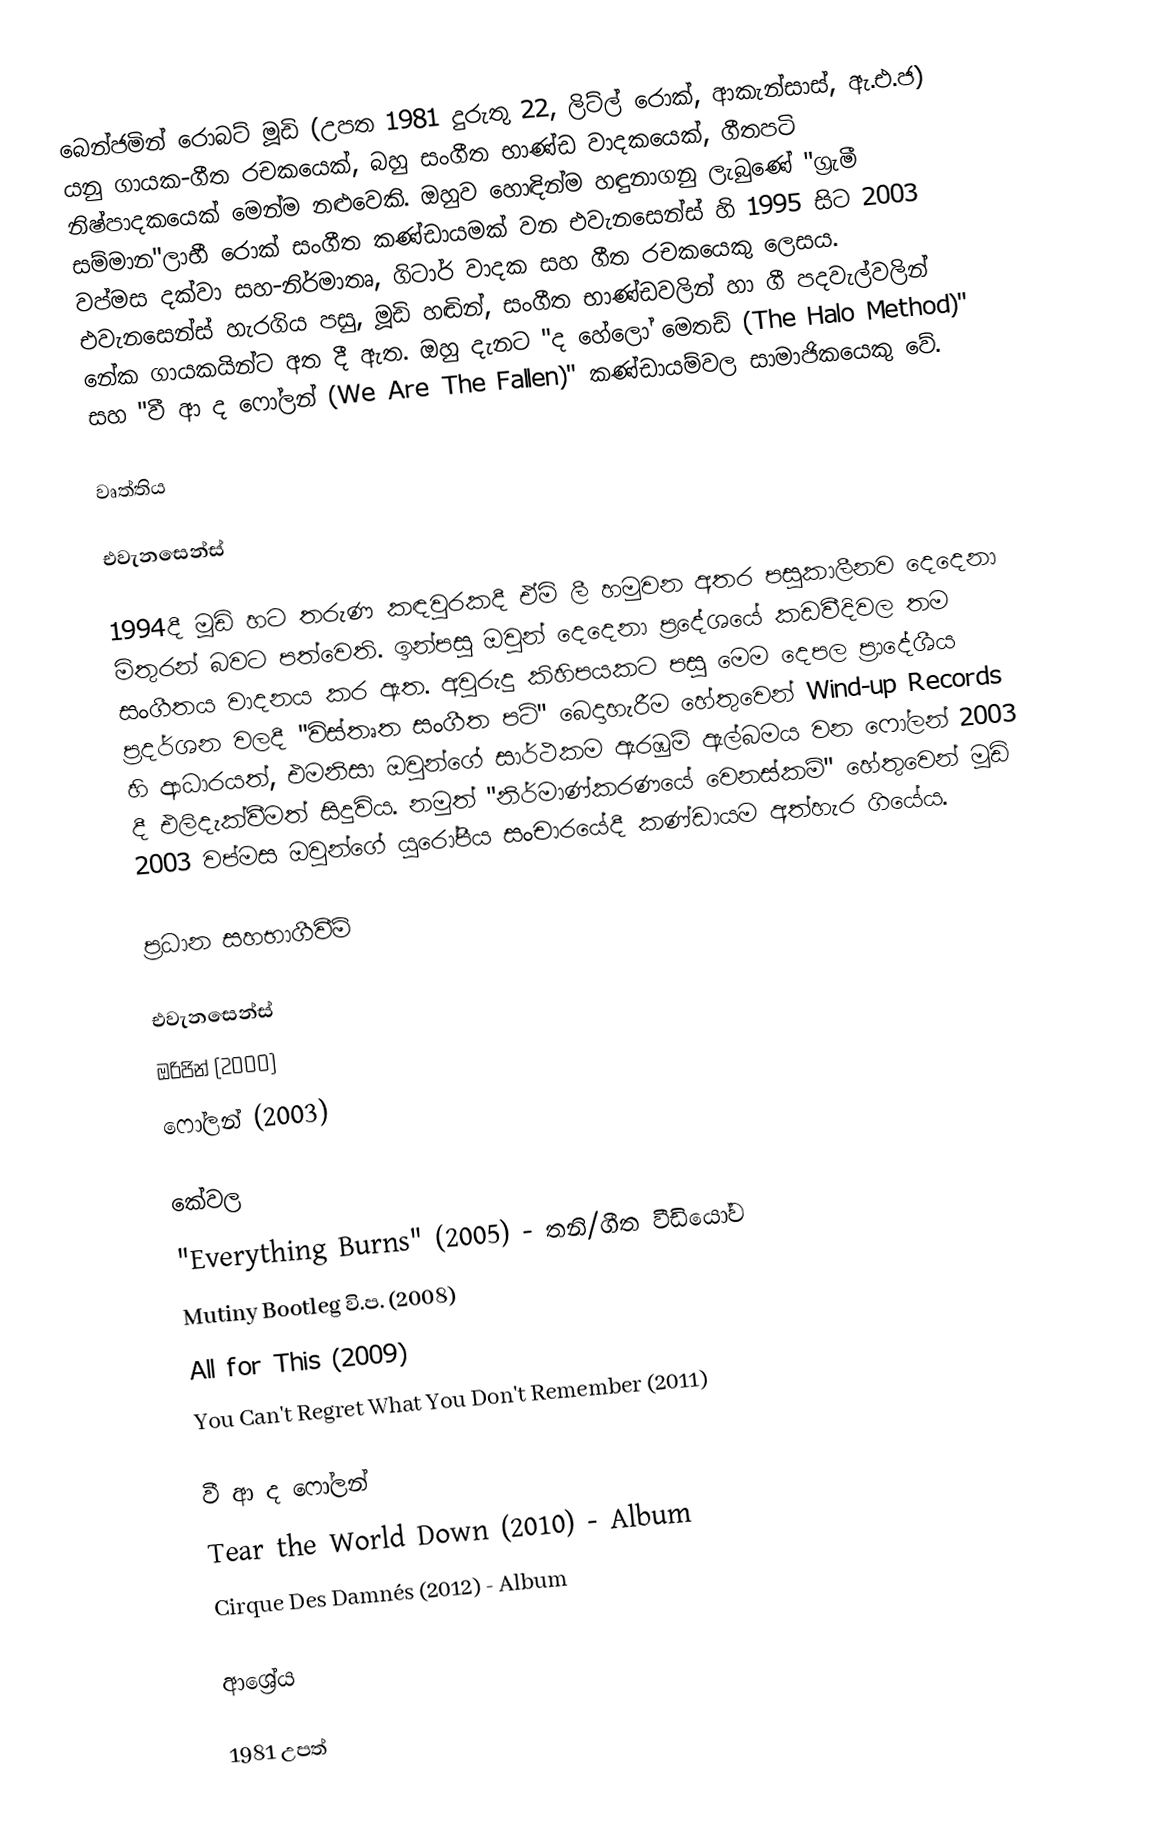
බෙන්ජමින් රොබට් මූඩි (උපත 1981 දුරුතු 22, ලිට්ල් රොක්, ආකැන්සාස්, ඇ.එ.ජ) යනු ගායක-ගීත රචකයෙක්, බහු සංගීත භාණ්ඩ වාදකයෙක්, ගීතපටි නිෂ්පාදකයෙක් මෙන්ම නළුවෙකි. ඔහුව හොඳින්ම හඳුනාගනු ලැබුණේ "ග්‍රැමී සම්මාන"ලාභී රොක් සංගීත කණ්ඩායමක් වන එවැනසෙන්ස් හි 1995 සිට 2003 වප්මස දක්වා සහ-නිර්මාතෘ, ගිටාර් වාදක සහ ගීත රචකයෙකු ලෙසය. එවැනසෙන්ස් හැරගිය පසු, මූඩි හඬින්, සංගීත භාණ්ඩවලින් හා ගී පදවැල්වලින් නේක ගායකයින්ට අත දී ඇත. ඔහු දැනට "ද හේලෝ මෙතඩ් (The Halo Method)" සහ "වී ආ ද ෆෝලන් (We Are The Fallen)" කණ්ඩායම්වල සාමාජිකයෙකු වේ.

වෘත්තිය

එවැනසෙන්ස්

1994දී මූඩි හට තරුණ කඳවුරකදී ඒමි ලී හමුවන අතර පසුකාලීනව දෙදෙනා මිතුරන් බවට පත්වෙති. ඉන්පසු ඔවුන් දෙදෙනා ප්‍රදේශයේ කඩවීදිවල තම සංගීතය වාදනය කර ඇත.  අවුරුදු කිහිපයකට පසු මෙම දෙපල ප්‍රාදේශීය ප්‍රදර්ශන වලදී "විස්තෘත සංගීත පටි" බෙදාහැරීම හේතුවෙන් Wind-up Records හි ආධාරයත්, එමනිසා ඔවුන්ගේ සාර්ථකම ඇරඹුම් ඇල්බමය වන ෆෝලන් 2003 දී එලිදැක්වීමත් සිදුවිය. නමුත් "නිර්මාණ්කරණයේ වෙනස්කම්" හේතුවෙන් මූඩි 2003 වප්මස ඔවුන්ගේ යුරෝපීය සංචාරයේදී කණ්ඩායම අත්හැර ගියේය.

ප්‍රධාන සහභාගීවීම්

එවැනසෙන්ස්
 ඔරිජින් (2000)
 ෆෝලන් (2003)

කේවල
 "Everything Burns" (2005) - තනි/ගීත වීඩියෝව
 Mutiny Bootleg වි.ප. (2008)
 All for This (2009)
 You Can't Regret What You Don't Remember (2011)

වී ආ ද ෆෝලන්
 Tear the World Down (2010) - Album
 Cirque Des Damnés (2012) - Album

ආශ්‍රේය

1981 උපත්